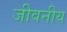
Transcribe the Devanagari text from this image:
जीवनीय